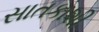
સાતકાશી